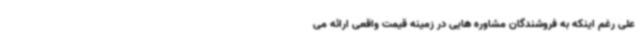
علی رغم اینکه به فروشندگان مشاوره هایی در زمینه قیمت واقعی ارائه می